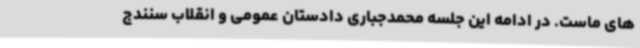
های ماست. در ادامه این جلسه محمدجباری دادستان عمومی و انقلاب سنندج